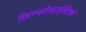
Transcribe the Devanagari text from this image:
लिम्फोसाईटिक